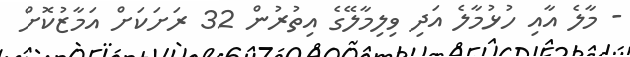
- މާލެ އާއި ހުޅުމާލެ އަދި ވިލިމާލޭގެ އިތުރުން 32 ރަށަކަށް އަމާޒުކޮށް